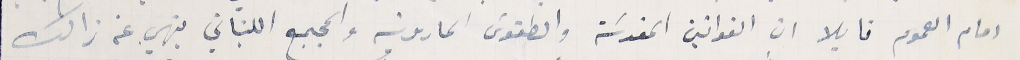
امام العموم قايلا ان القوانين المقدسَة والطقوس المارونية والمجمع اللبناني ينهي عن ذالك